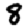
Digit: 8